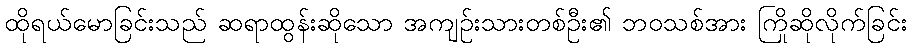
ထိုရယ်မောခြင်းသည် ဆရာထွန်းဆိုသော အကျဉ်းသားတစ်ဦး၏ ဘဝသစ်အား ကြိုဆိုလိုက်ခြင်း